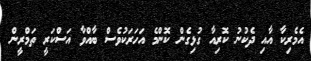
އެމެރިކާ އާއި ދެކުނު ކޮރިއާ ގުޅިގެން ކޮންމެ އަހަރަކުވެސް ބާއްވާ އަސްކަރީ ތަމްރީން